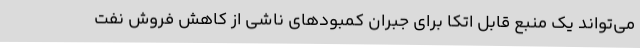
می‌تواند یک منبع قابل اتکا برای جبران کمبودهای ناشی از کاهش فروش نفت